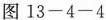
图13-4-4